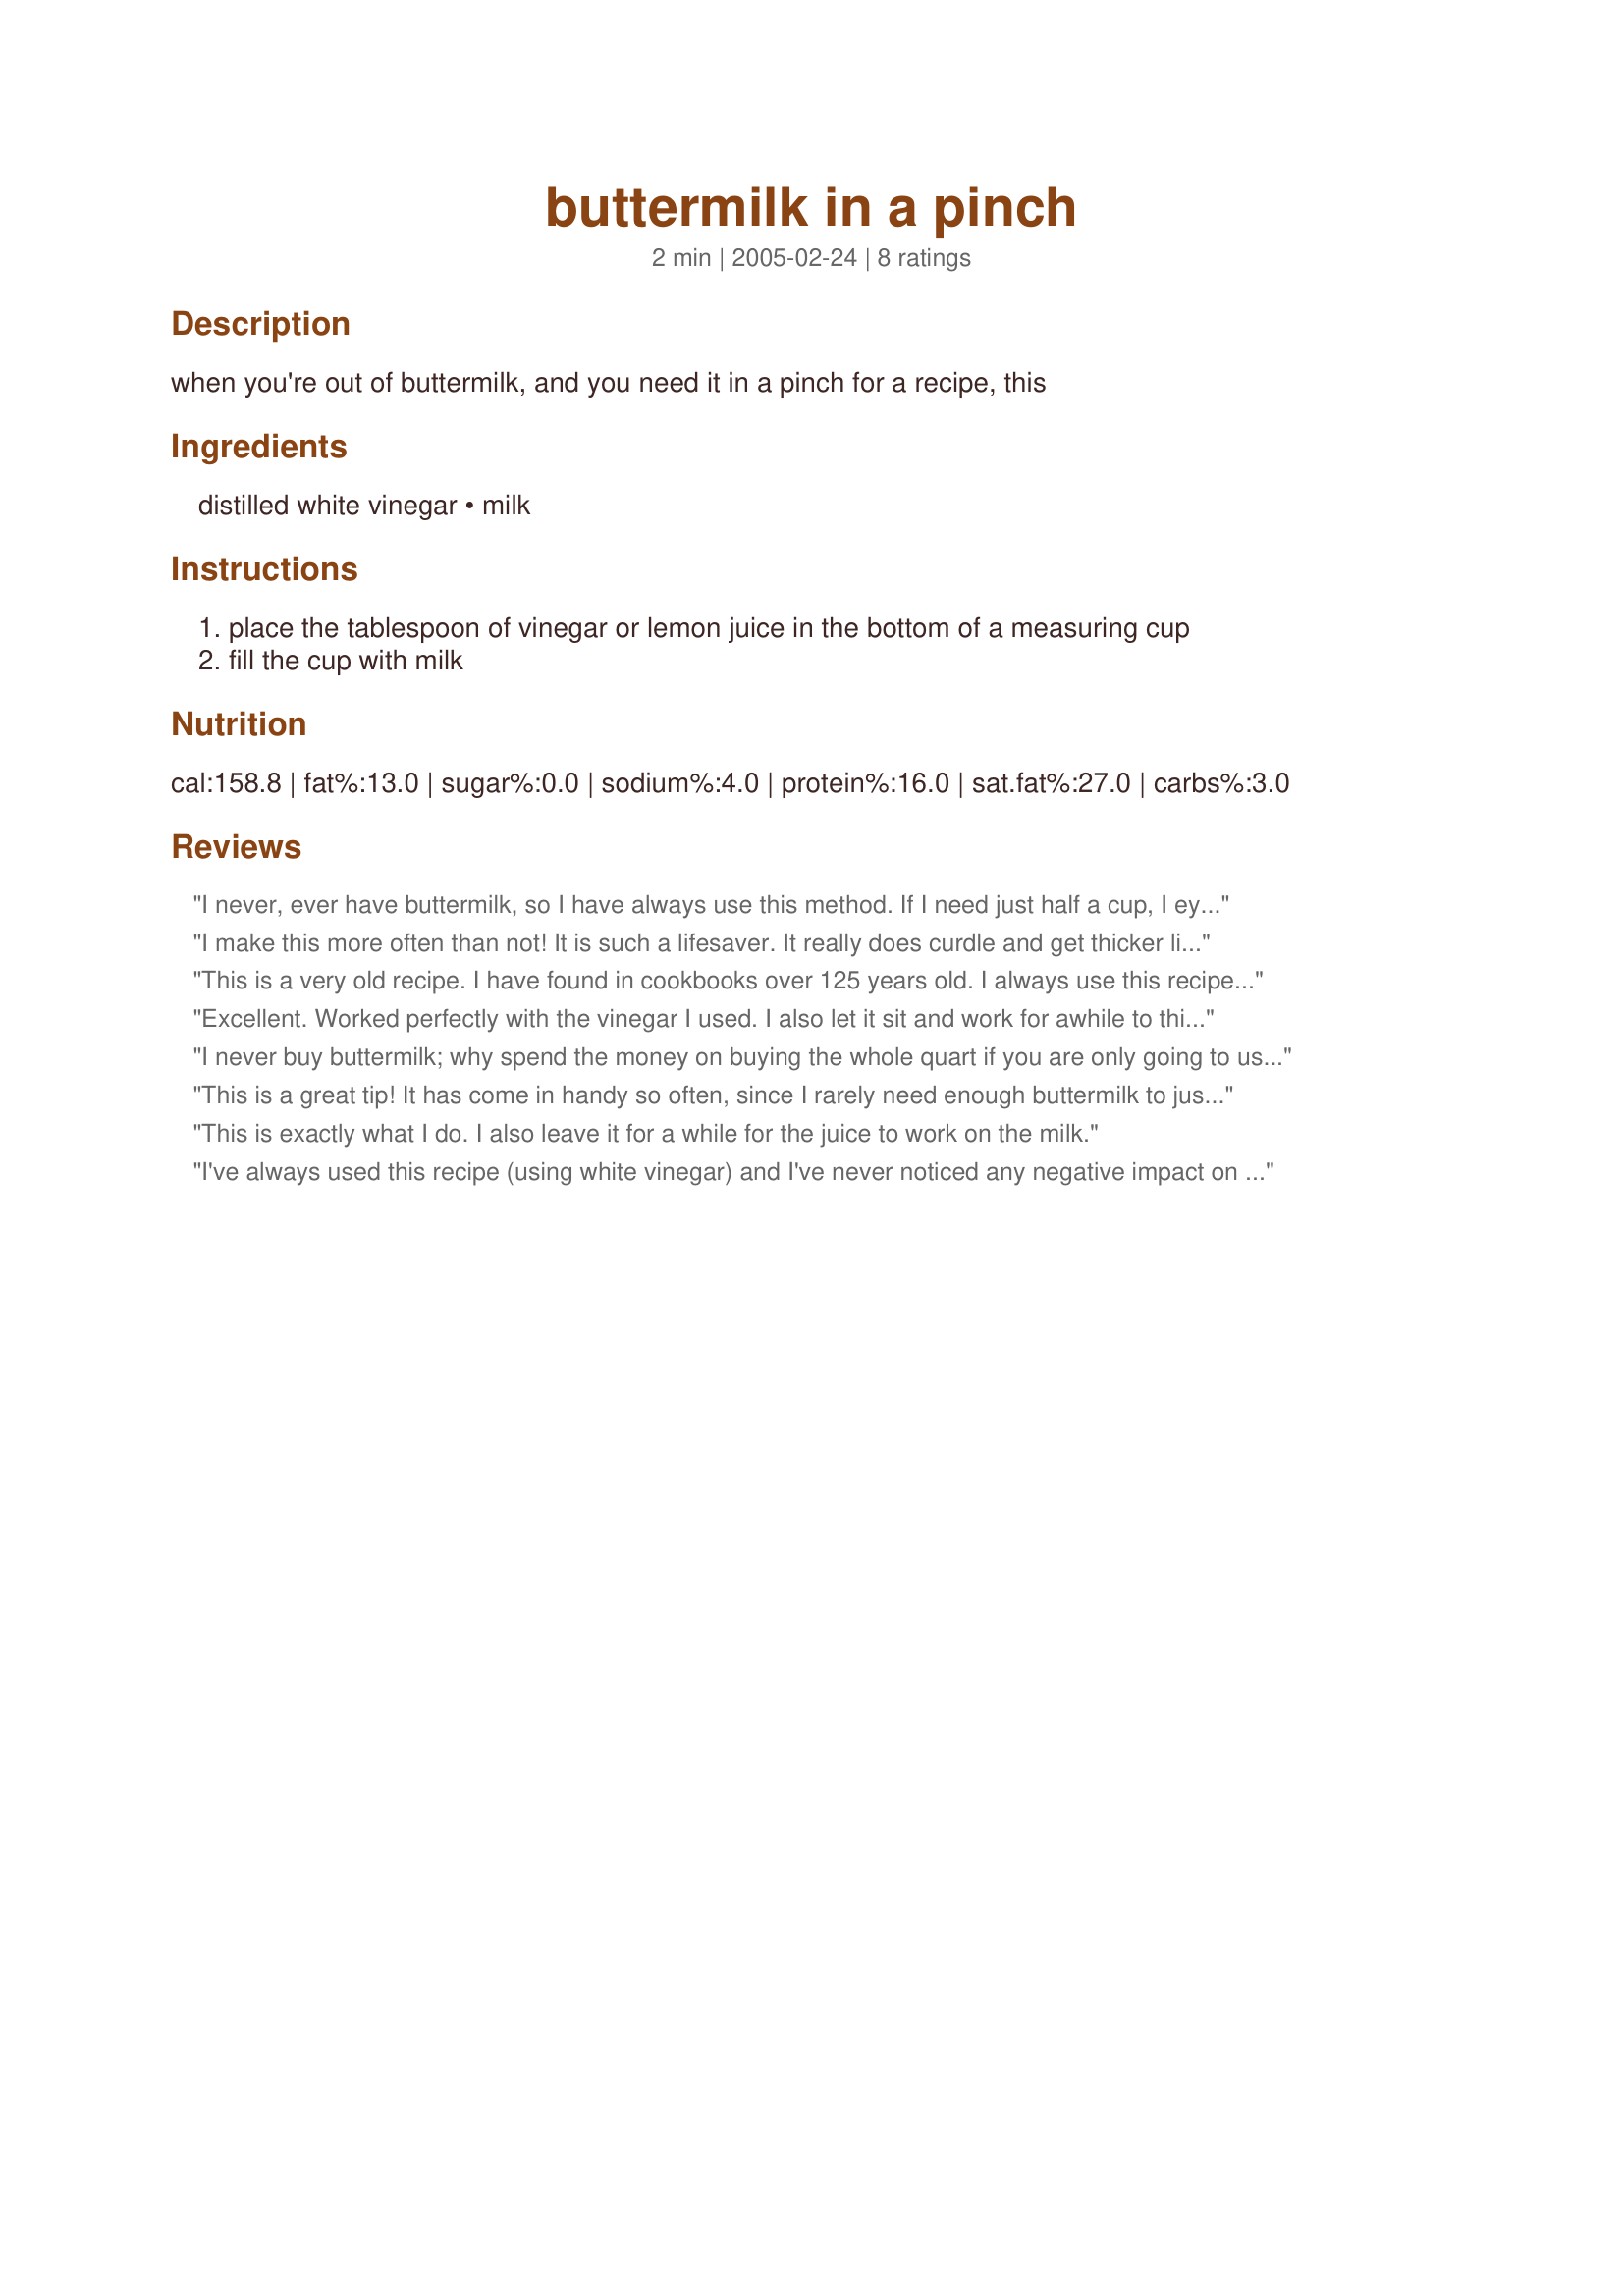
buttermilk in a pinch
Preparation time: 2 minutes

when you're out of buttermilk, and you need it in a pinch for a recipe, this

Ingredients:
distilled white vinegar, milk

Steps:
place the tablespoon of vinegar or lemon juice in the bottom of a measuring cup, fill the cup with milk

Reviews:
I never, ever have buttermilk, so I have always use this method. If I need just half a cup, I eye ball the lemon juice and add enough milk to equal 1/2 cup. I gave up using bottled lemon juice years ago (because of the expiry date... the stuff always seemed to go bad on me)....so this works even better with fresh lemons. Even tried it with whipping cream when I was making my sourdough buttermilk biscuits. They turned out really, really well! Who needs buttermilk when you have this method!!
I make this more often than not! It is such a lifesaver. It really does curdle and get thicker like buttermilk! Everyone should have this recipe as a backup.

Roxygirl in Colo.
This is a very old recipe. I have found in cookbooks over 125 years old. I always use this recipe to make buttermilk pancakes, cakes, muffins, waffles and of course, biscuits.Sometimes, if you have a fresh lemon, do not cut, place in a glass measuring cup, whole, heat for about 45 seconds to 1 minute, take out of cup, poke a hole in the top, and squeeze the juice. I use a mitt to hold the lemon. More juice and it seems to work the milk faster into buttermilk clabber. If you q\squeeze the lemon into the measuring cup, you can then cool and save or freeze the balance.
Excellent. Worked perfectly with the vinegar I used. I also let it sit and work for awhile to thicken up. I found it works better when the milk is a little warmer than fridge temperature, also when it is 2% or whole milk. Thanks!
I never buy buttermilk; why spend the money on buying the whole quart if you are only going to use a small amount for just one recipe? I usually use the lemon juice but will try it next time with vinegar. Thanks for posting; this is a great tip for substitution.
This is a great tip! It has come in handy so often, since I rarely need enough buttermilk to justify purchasing a lot. Thanks for sharing!
This is exactly what I do. I also leave it for a while for the juice to work on the milk.
I've always used this recipe (using white vinegar) and I've never noticed any negative impact on my recipes - things still turn out great! You may never have to buy buttermilk for a recipe again - depending on what you're making, of course! :)
